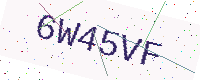
Text: 6W45VF